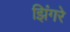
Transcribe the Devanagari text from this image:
झिंगरे